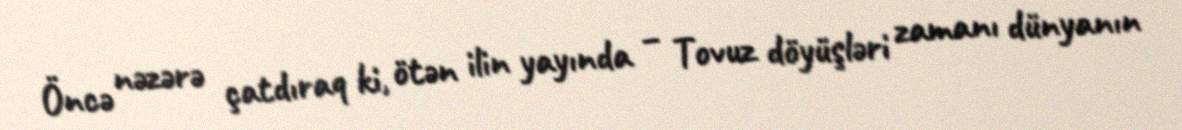
Öncə nəzərə çatdıraq ki, ötən ilin yayında – Tovuz döyüşləri zamanı dünyanın